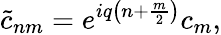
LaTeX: \tilde{c}_{nm}=e^{iq\left(n+\frac{m}{2}\right)}c_{m},